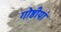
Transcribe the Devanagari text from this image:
गोष्ठीयां